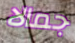
جمالا